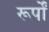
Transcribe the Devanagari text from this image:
रूर्पों